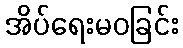
အိပ်ရေးမဝခြင်း